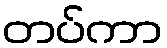
တပ်ကာ